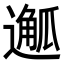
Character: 𨖣